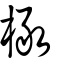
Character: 橄